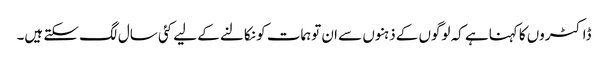
ڈاکٹروں کا کہناہے کہ لوگوں کے ذہنوں سے ان توہمات کو نکالنے کے لیے کئی سال لگ سکتے ہیں۔